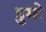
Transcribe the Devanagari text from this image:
हुमो